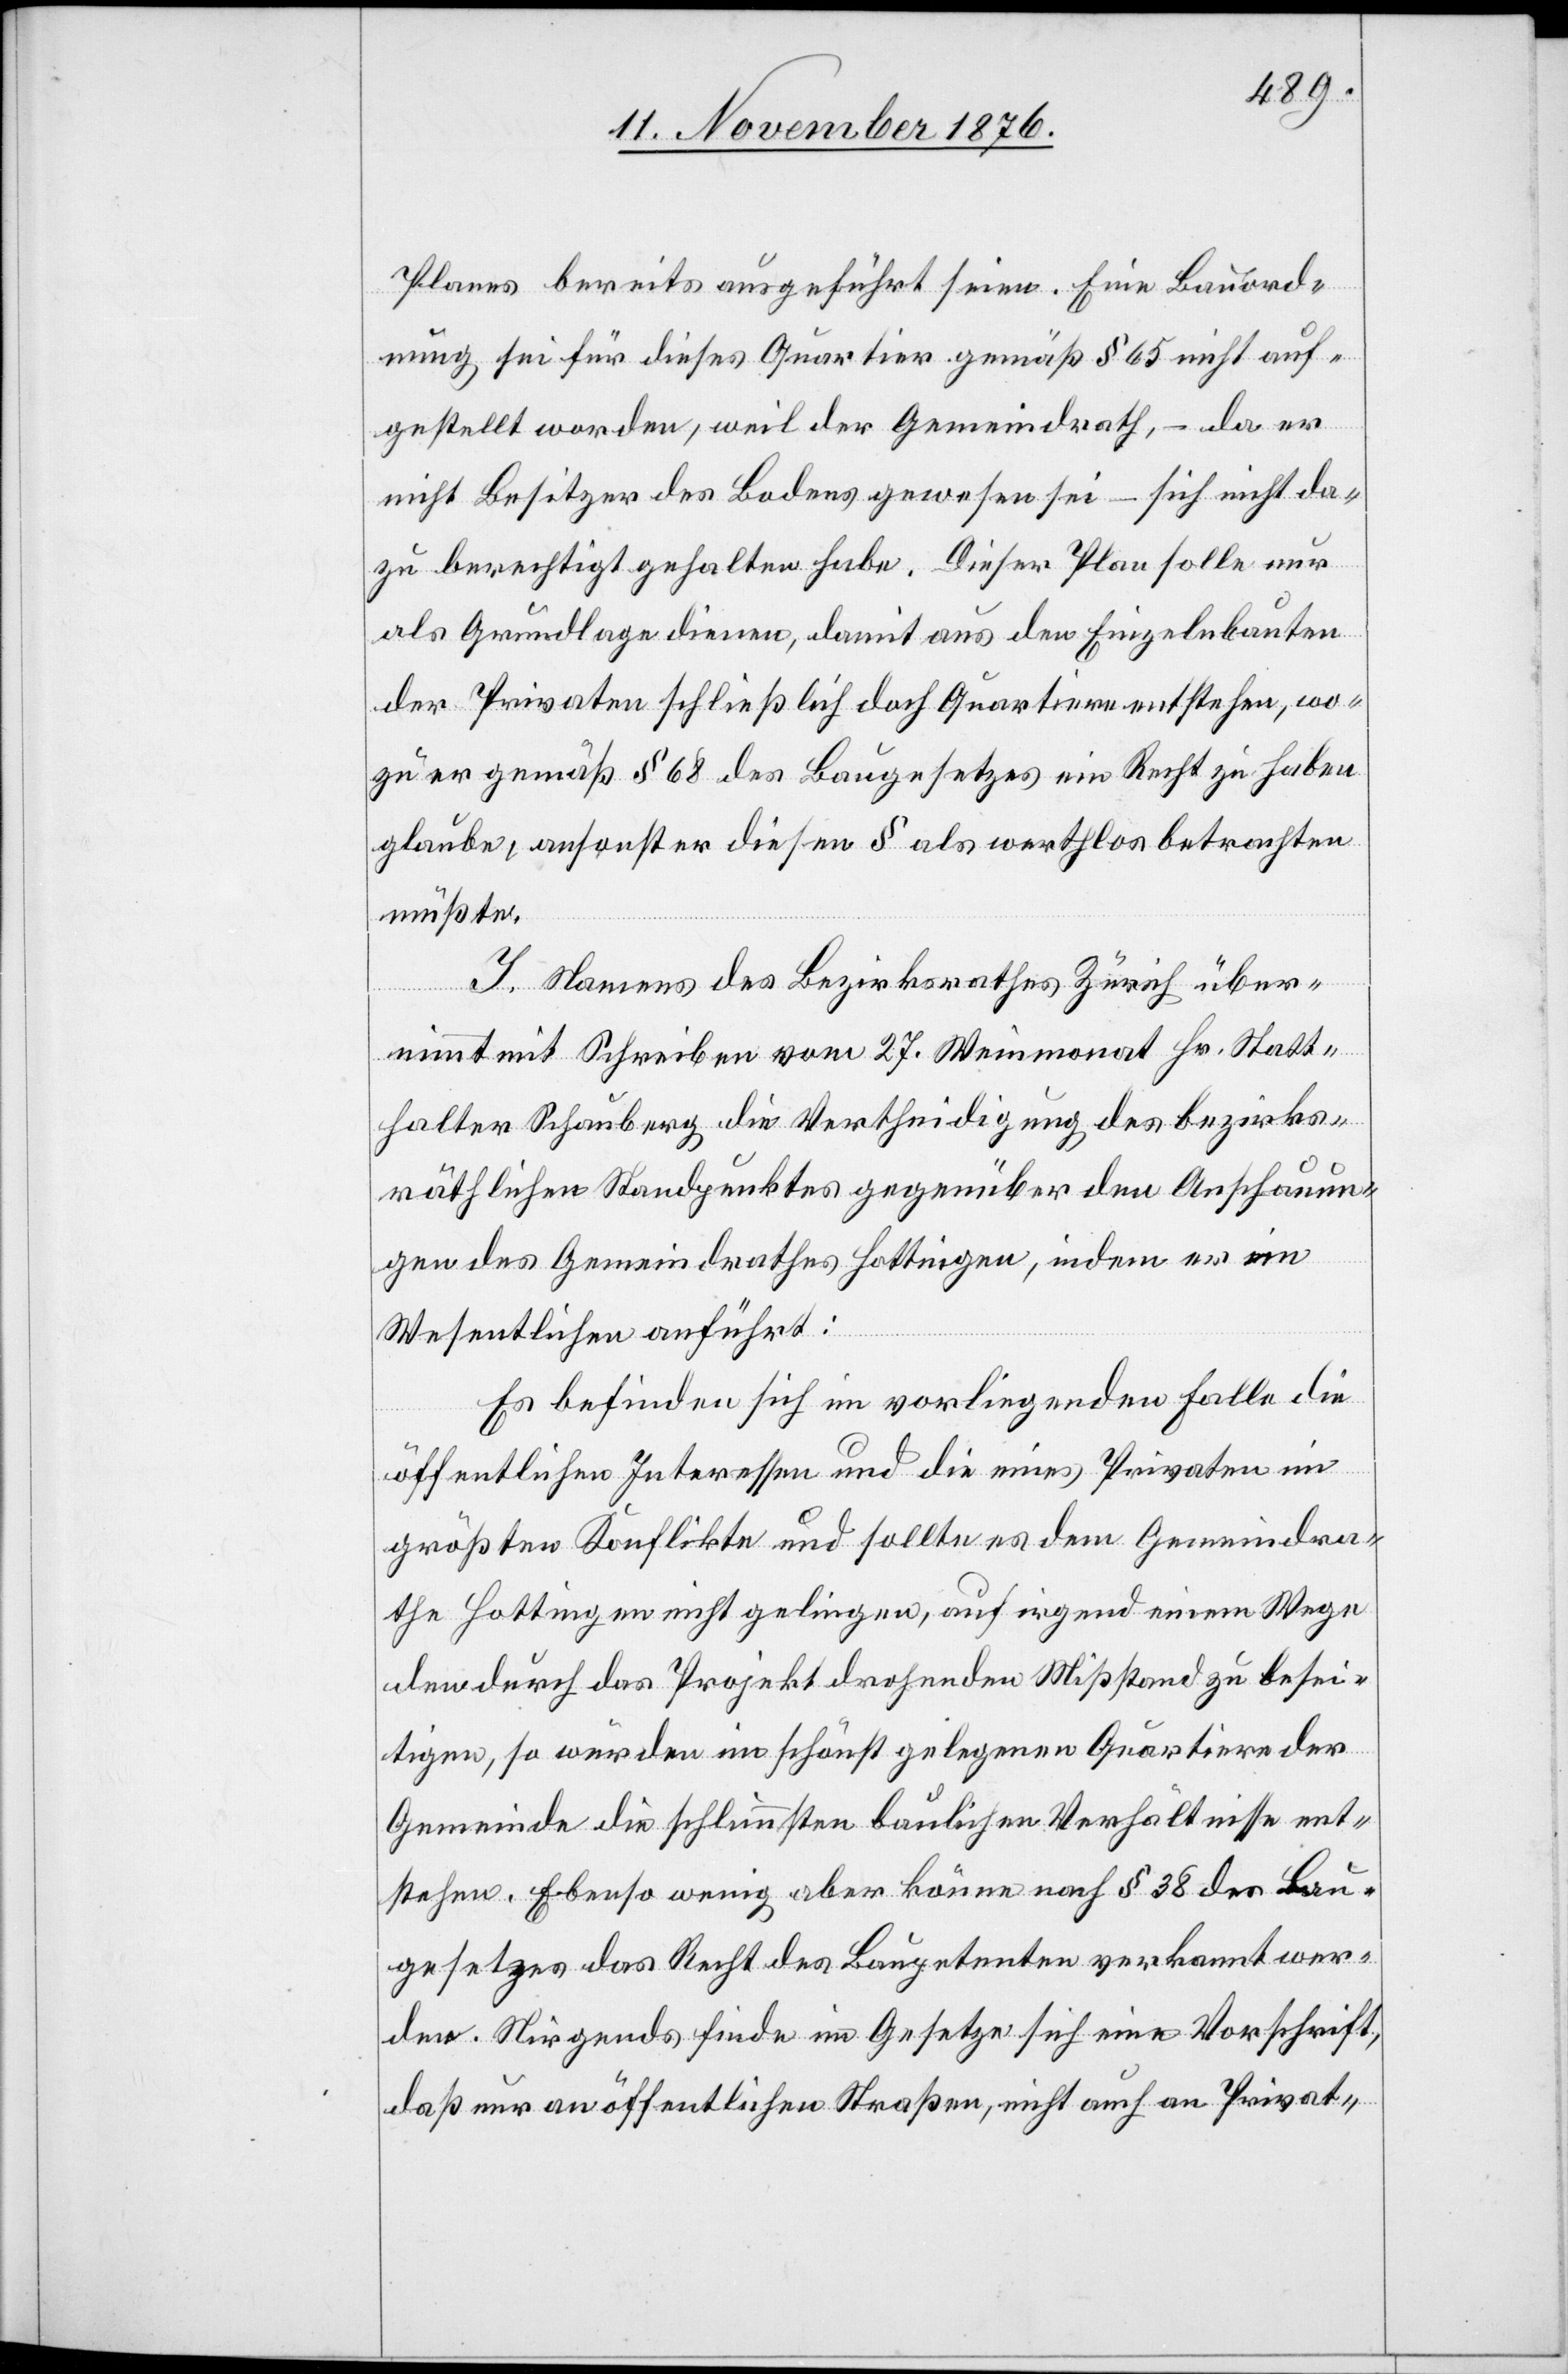
Planes bereits ausgeführt seien. Eine Bauord¬
nung sei für dieses Quartier gemäß § 65 nicht auf¬
gestellt worden, weil der Gemeindrath, – da er
nicht Besitzer des Bodens gewesen sei – sich nicht da¬
zu berechtigt gehalten habe. Dieser Plan solle nur
als Grundlage dienen, damit aus den Einzelnbauten
der Privaten schließlich doch Quartiere entstehen, wo¬
zu er gemäß § 68 des Baugesetzes ein Recht zu haben
glaube, ansonst er diesen § als werthlos betrachten
müßte.
I. Namens des Bezirksrathes Zürich über¬
nimmt mit Schreiben vom 27. Weinmonat Hr. Statt¬
halter Schauberg die Vertheidigung des bezirks¬
räthlichen Standpunktes gegenüber den Anschauun¬
gen des Gemeindrathes Hottingen, indem er im
Wesentlichen anführt:
Es befinden sich im vorliegenden Falle die
öffentlichen Interessen und die eines Privaten im
größten Konflikte und sollte es dem Gemeindra¬
the Hottingen nicht gelingen, auf irgend einem Wege
den durch das Projekt drohenden Mißstand zu besei¬
tigen, so würden im schönst gelegenen Quartiere der
Gemeinde die schlimmsten baulichen Verhältnisse ent¬
stehen. Ebenso wenig aber könne nach § 38 des Bau¬
gesetzes das Recht des Baupetenten verkannt wer¬
den. Nirgends finde im Gesetze sich eine Vorschrift,
daß nur an öffentlichen Straßen, nicht auch an Privat-